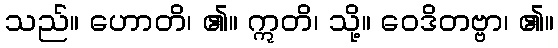
သည်။ ဟောတိ၊ ၏။ ဣတိ၊ သို့။ ဝေဒိတဗ္ဗာ၊ ၏။